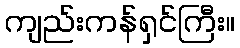
ကျည်းကန်ရှင်ကြီး။